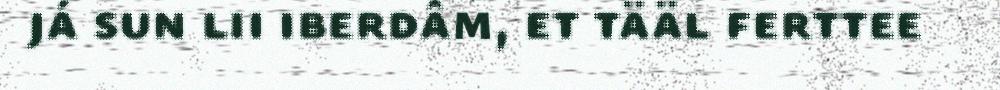
já sun lii iberdâm, et tääl ferttee